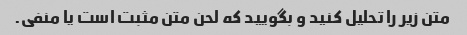
متن زیر را تحلیل کنید و بگویید که لحن متن مثبت است یا منفی.